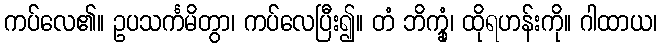
ကပ်လေ၏။ ဥပသင်္ကမိတွာ၊ ကပ်လေပြီး၍။ တံ ဘိက္ခုံ၊ ထိုရဟန်းကို။ ဂါထာယ၊